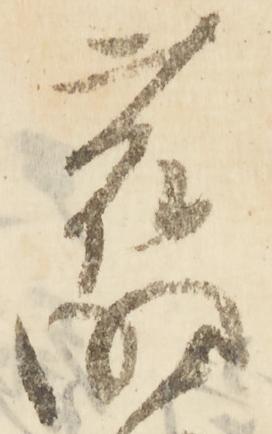
旧